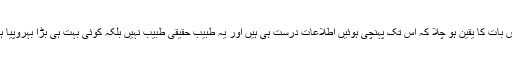
باد شاہ نے جب اسی طبیب کو اسی عمر اور شکل و صورت میں دیکھا تو اسے حیرت سے زیادہ اس بات کا یقین ہو چلا کہ اس تک پہنچی ہوئیں اطلاعات درست ہی ہیں اور یہ طبیب حقیقی طبیب نہیں بلکہ کوئی بہت ہی بڑا بہروپیا ہے لیکن نیک دل بادشاہ نے اپنے کسی بھی انداز اور رویے سے اپنے شک کا اظہار نہیں ہونے دیا۔